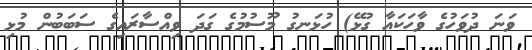
ވަނަ ދުވަހުގެ ވާހަކައާ ގުޅޭ) ހުޅަނގު މޫސުމުގެ ގަދަ ވިއްސާރައިގެ ސަބަބުން މުޅި